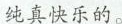
纯真快乐的。